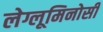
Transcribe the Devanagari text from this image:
लेग्लूमिनोसी